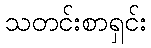
သတင်းစာရှင်း